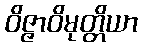
ဝိဇ္ဇာဝိမုတ္တိယာ